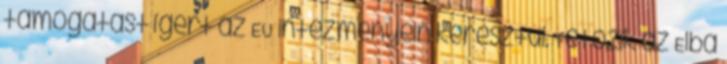
támogatást ígért az EU intézményein keresztül. Tetőzik az Elba